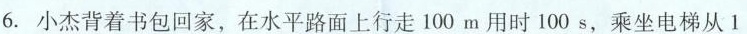
6.小杰背着书包回家，在水平路面上行走100m用时100s，乘坐电梯从1